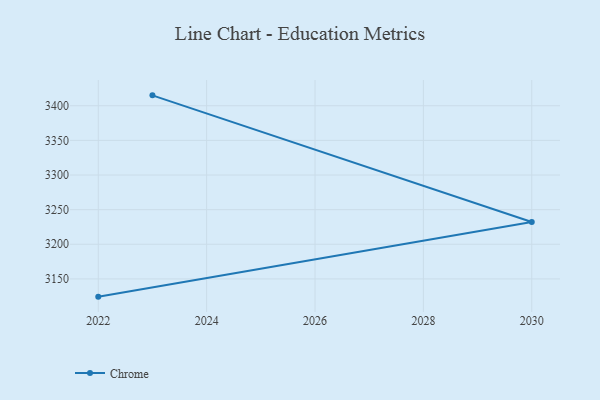
{"axis": {"x": "Year", "y": "Revenue (USD Million)"}, "legend": ["Chrome"], "data": [{"x": "2022", "y": 3124.4, "type": "Chrome"}, {"x": "2030", "y": 3232.2, "type": "Chrome"}, {"x": "2023", "y": 3415.0, "type": "Chrome"}]}